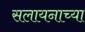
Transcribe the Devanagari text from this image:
सलायनाच्या